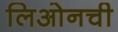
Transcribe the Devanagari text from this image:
लिओनची